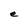
Character: e